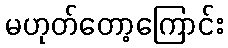
မဟုတ်တော့ကြောင်း